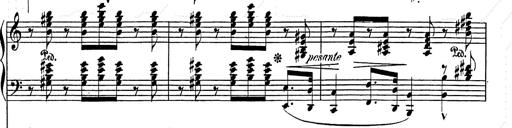
Title: Festvorspiel
Composer: Franz Liszt